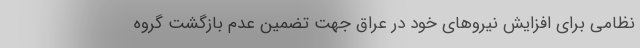
نظامی برای افزایش نیرو‌های خود در عراق جهت تضمین عدم بازگشت گروه